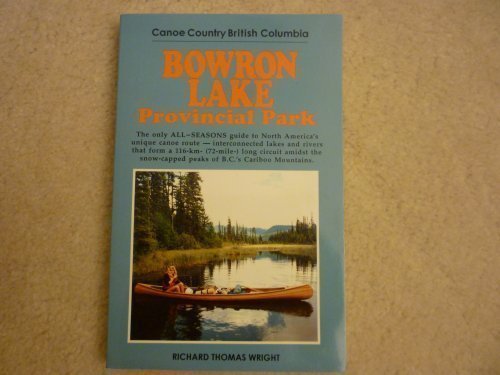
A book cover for Bowron Lake Provincial Park: Canoe Country British Columbia; Richard T. Wright; Travel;